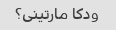
ودکا مارتینی؟